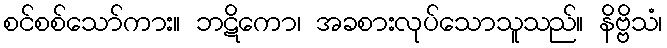
စင်စစ်သော်ကား။ ဘဋိကော၊ အခစားလုပ်သောသူသည်။ နိဗ္ဗိသံ၊